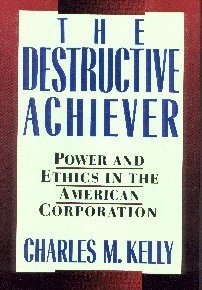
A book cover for The Destructive Achiever: Power and Ethics in the American Corporation; Charles M. Kelly; Business & Money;